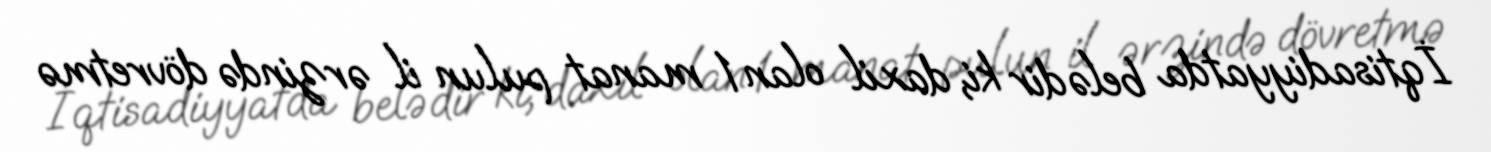
İqtisadiyyatda belədir ki, daxil olan 1 manat pulun il ərzində dövretmə